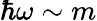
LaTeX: \hbar\omega\sim m